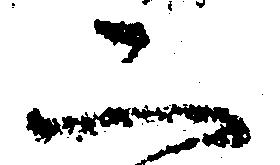
二